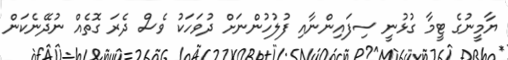
ޔާމީނުގެ ޓީމާ ގުޅުނީ ސިފައިންނާއި ފުލުހުންނަށް ދުވަހަކު ވެސް ދެރަ ގޮތެއް ނުދޭނެކަން